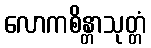
လောကစိန္တာသုတ္တံ